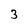
Character: 3